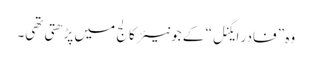
وہ ” فادر ایگنل“ کے جونیئر کالج میں پڑھتی تھی۔